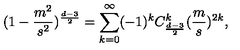
( 1 - \frac { m ^ { 2 } } { s ^ { 2 } } ) ^ { \frac { d - 3 } { 2 } } = \sum _ { k = 0 } ^ { \infty } ( - 1 ) ^ { k } C _ { \frac { d - 3 } { 2 } } ^ { k } ( \frac { m } { s } ) ^ { 2 k } ,